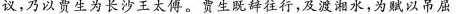
议，乃以贾生为长沙王太傅。贾坐既辞往行，及渡湘水，为赋以吊屈